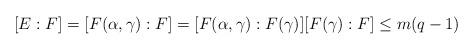
LaTeX: \begin{align*}[E:F]=[F(\alpha,\gamma):F]=[F(\alpha,\gamma):F(\gamma)][F(\gamma):F]\leq m(q-1)\end{align*}